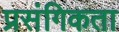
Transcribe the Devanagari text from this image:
प्रसंगिकता